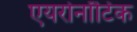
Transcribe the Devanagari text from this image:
एयरोनॉटिक